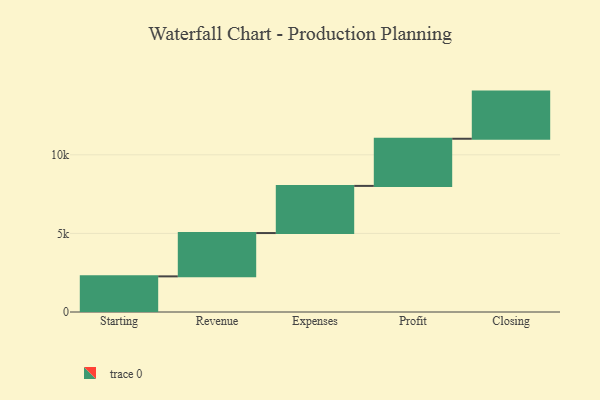
{"axis": {"x": "Step", "y": "Value"}, "legend": [""], "data": [{"x": "Starting", "y": 2267.0, "type": ""}, {"x": "Revenue", "y": 2756.0, "type": ""}, {"x": "Expenses", "y": 3000, "type": ""}, {"x": "Profit", "y": 3000, "type": ""}, {"x": "Closing", "y": 3000, "type": ""}]}